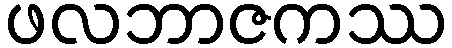
ဖလဘာဇကဿ